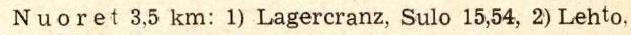
Nuoret 3,5 km: 1) Lagercranz, Sulo 15,54, 2) Lehto,